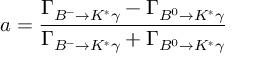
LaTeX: a = \frac { \Gamma _ { B ^ { - } \to K ^ { * } \gamma } - \Gamma _ { B ^ { 0 } \to K ^ { * } \gamma } } { \Gamma _ { B ^ { - } \to K ^ { * } \gamma } + \Gamma _ { B ^ { 0 } \to K ^ { * } \gamma } }